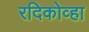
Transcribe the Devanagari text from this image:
रदिकोव्हा